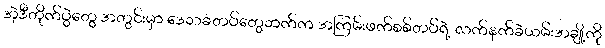
အဲ့ဒီတိုက်ပွဲတွေ အတွင်းမှာ ဒေသခံတပ်တွေဘက်က အကြမ်းဖက်စစ်တပ်ရဲ့ လက်နက်ခဲယမ်းအချို့ကို